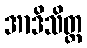
အာဒိသိတ္ထ